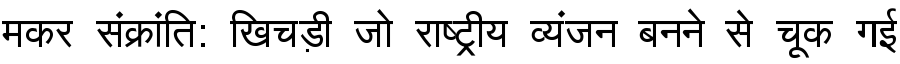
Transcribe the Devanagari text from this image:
मकर संक्रांति: खिचड़ी जो राष्ट्रीय व्यंजन बनने से चूक गई